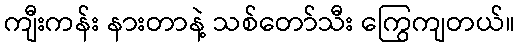
ကျီးကန်း နားတာနဲ့ သစ်တော်သီး ကြွေကျတယ်။